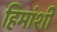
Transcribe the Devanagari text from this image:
हिमांशी